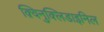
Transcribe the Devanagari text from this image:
क़्विनुक्लिडाइनिल